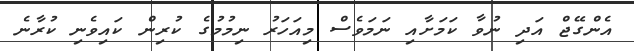
އެންގޭޖް އަދި ނުވާ ކަމަށާއި ނަމަވެސް މިއަހަރު ނިމުމުގެ ކުރިން ކައިވެނި ކުރާނެ